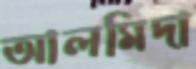
আলমিদা